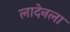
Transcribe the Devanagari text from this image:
लादेनला